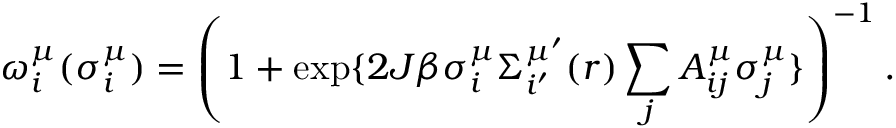
\omega _ { i } ^ { \mu } ( \sigma _ { i } ^ { \mu } ) = \left( 1 + \exp \{ 2 J \beta \sigma _ { i } ^ { \mu } \Sigma _ { i ^ { \prime } } ^ { \mu ^ { \prime } } ( r ) \sum _ { j } A _ { i j } ^ { \mu } \sigma _ { j } ^ { \mu } \} \right) ^ { - 1 } .